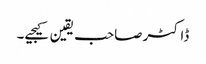
ڈاکٹرصاحب یقین کیجیے۔